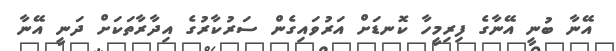
އޭނާ ބުނީ އޭނާގެ ފިރިމީހާ ކޮނޑަށް އަރުވައިގެން ސަރުކާރުގެ އިދާރާާތަކަށް ދަނީ އޭނާ